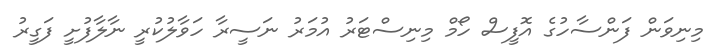
މިނިވަން ފަންސާހުގެ އޮފީސް ހޯމް މިނިސްޓަރު އުމަރު ނަސީރާ ހަވާލުކުރީ ނާލާފުށީ ފަގީރު